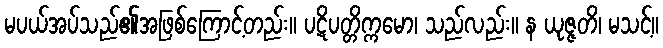
မပယ်အပ်သည်၏အဖြစ်ကြောင့်တည်း။ ပဋိပတ္တိက္ကမော၊ သည်လည်း။ န ယုဇ္ဇတိ၊ မသင့်။